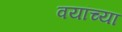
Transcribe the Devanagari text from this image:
वयांच्या